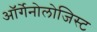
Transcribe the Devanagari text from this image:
ऑर्गेनोलोजिस्ट